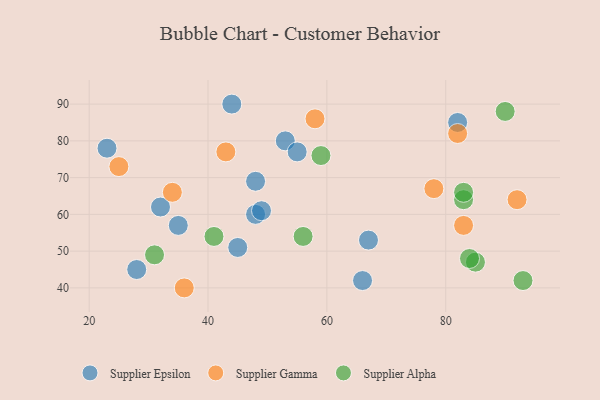
{"axis": {"x": "GDP", "y": "Life Expectancy"}, "legend": ["Supplier Alpha", "Supplier Epsilon", "Supplier Gamma"], "data": [{"x": "48", "y": 60, "type": "Supplier Epsilon"}, {"x": "35", "y": 57, "type": "Supplier Epsilon"}, {"x": "48", "y": 69, "type": "Supplier Epsilon"}, {"x": "32", "y": 62, "type": "Supplier Epsilon"}, {"x": "53", "y": 80, "type": "Supplier Epsilon"}, {"x": "66", "y": 42, "type": "Supplier Epsilon"}, {"x": "49", "y": 61, "type": "Supplier Epsilon"}, {"x": "28", "y": 45, "type": "Supplier Epsilon"}, {"x": "45", "y": 51, "type": "Supplier Epsilon"}, {"x": "82", "y": 85, "type": "Supplier Epsilon"}, {"x": "67", "y": 53, "type": "Supplier Epsilon"}, {"x": "44", "y": 90, "type": "Supplier Epsilon"}, {"x": "55", "y": 77, "type": "Supplier Epsilon"}, {"x": "23", "y": 78, "type": "Supplier Epsilon"}, {"x": "43", "y": 77, "type": "Supplier Gamma"}, {"x": "58", "y": 86, "type": "Supplier Gamma"}, {"x": "34", "y": 66, "type": "Supplier Gamma"}, {"x": "25", "y": 73, "type": "Supplier Gamma"}, {"x": "82", "y": 82, "type": "Supplier Gamma"}, {"x": "83", "y": 57, "type": "Supplier Gamma"}, {"x": "36", "y": 40, "type": "Supplier Gamma"}, {"x": "78", "y": 67, "type": "Supplier Gamma"}, {"x": "92", "y": 64, "type": "Supplier Gamma"}, {"x": "85", "y": 47, "type": "Supplier Alpha"}, {"x": "93", "y": 42, "type": "Supplier Alpha"}, {"x": "41", "y": 54, "type": "Supplier Alpha"}, {"x": "83", "y": 64, "type": "Supplier Alpha"}, {"x": "90", "y": 88, "type": "Supplier Alpha"}, {"x": "59", "y": 76, "type": "Supplier Alpha"}, {"x": "56", "y": 54, "type": "Supplier Alpha"}, {"x": "83", "y": 66, "type": "Supplier Alpha"}, {"x": "84", "y": 48, "type": "Supplier Alpha"}, {"x": "31", "y": 49, "type": "Supplier Alpha"}]}